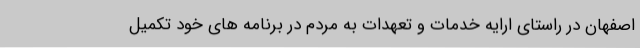
اصفهان در راستای ارایه خدمات و تعهدات به مردم در برنامه های خود تکمیل